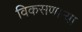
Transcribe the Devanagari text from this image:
विकसणाऱ्या